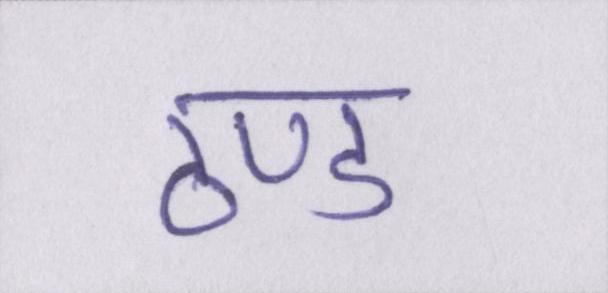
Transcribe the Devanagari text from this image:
ठण्ड